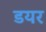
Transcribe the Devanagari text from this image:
डयर